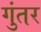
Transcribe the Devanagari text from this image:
गुंतर